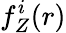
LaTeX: f_{Z}^{i}(r)